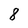
Character: 8